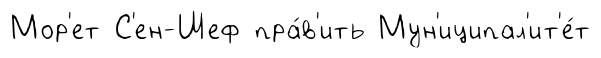
Мор'ет С'ен-Шеф пра́в'ить Мун'иципал'ит'е́т